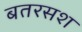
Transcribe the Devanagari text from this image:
बतरसश